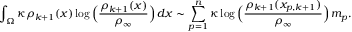
\int _ { \Omega } \kappa \rho _ { k + 1 } ( x ) \log \Big ( \frac { \rho _ { k + 1 } ( x ) } { \rho _ { \infty } } \Big ) \, d x \sim \sum _ { p = 1 } ^ { n } \kappa \log \Big ( \frac { \rho _ { k + 1 } ( x _ { p , k + 1 } ) } { \rho _ { \infty } } \Big ) \, m _ { p } .